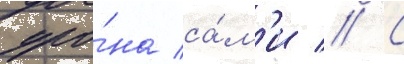
уро́на са́м'и // С